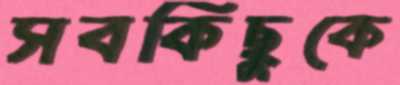
সবকিছুকে